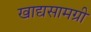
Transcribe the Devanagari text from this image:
खाद्यसामग्री